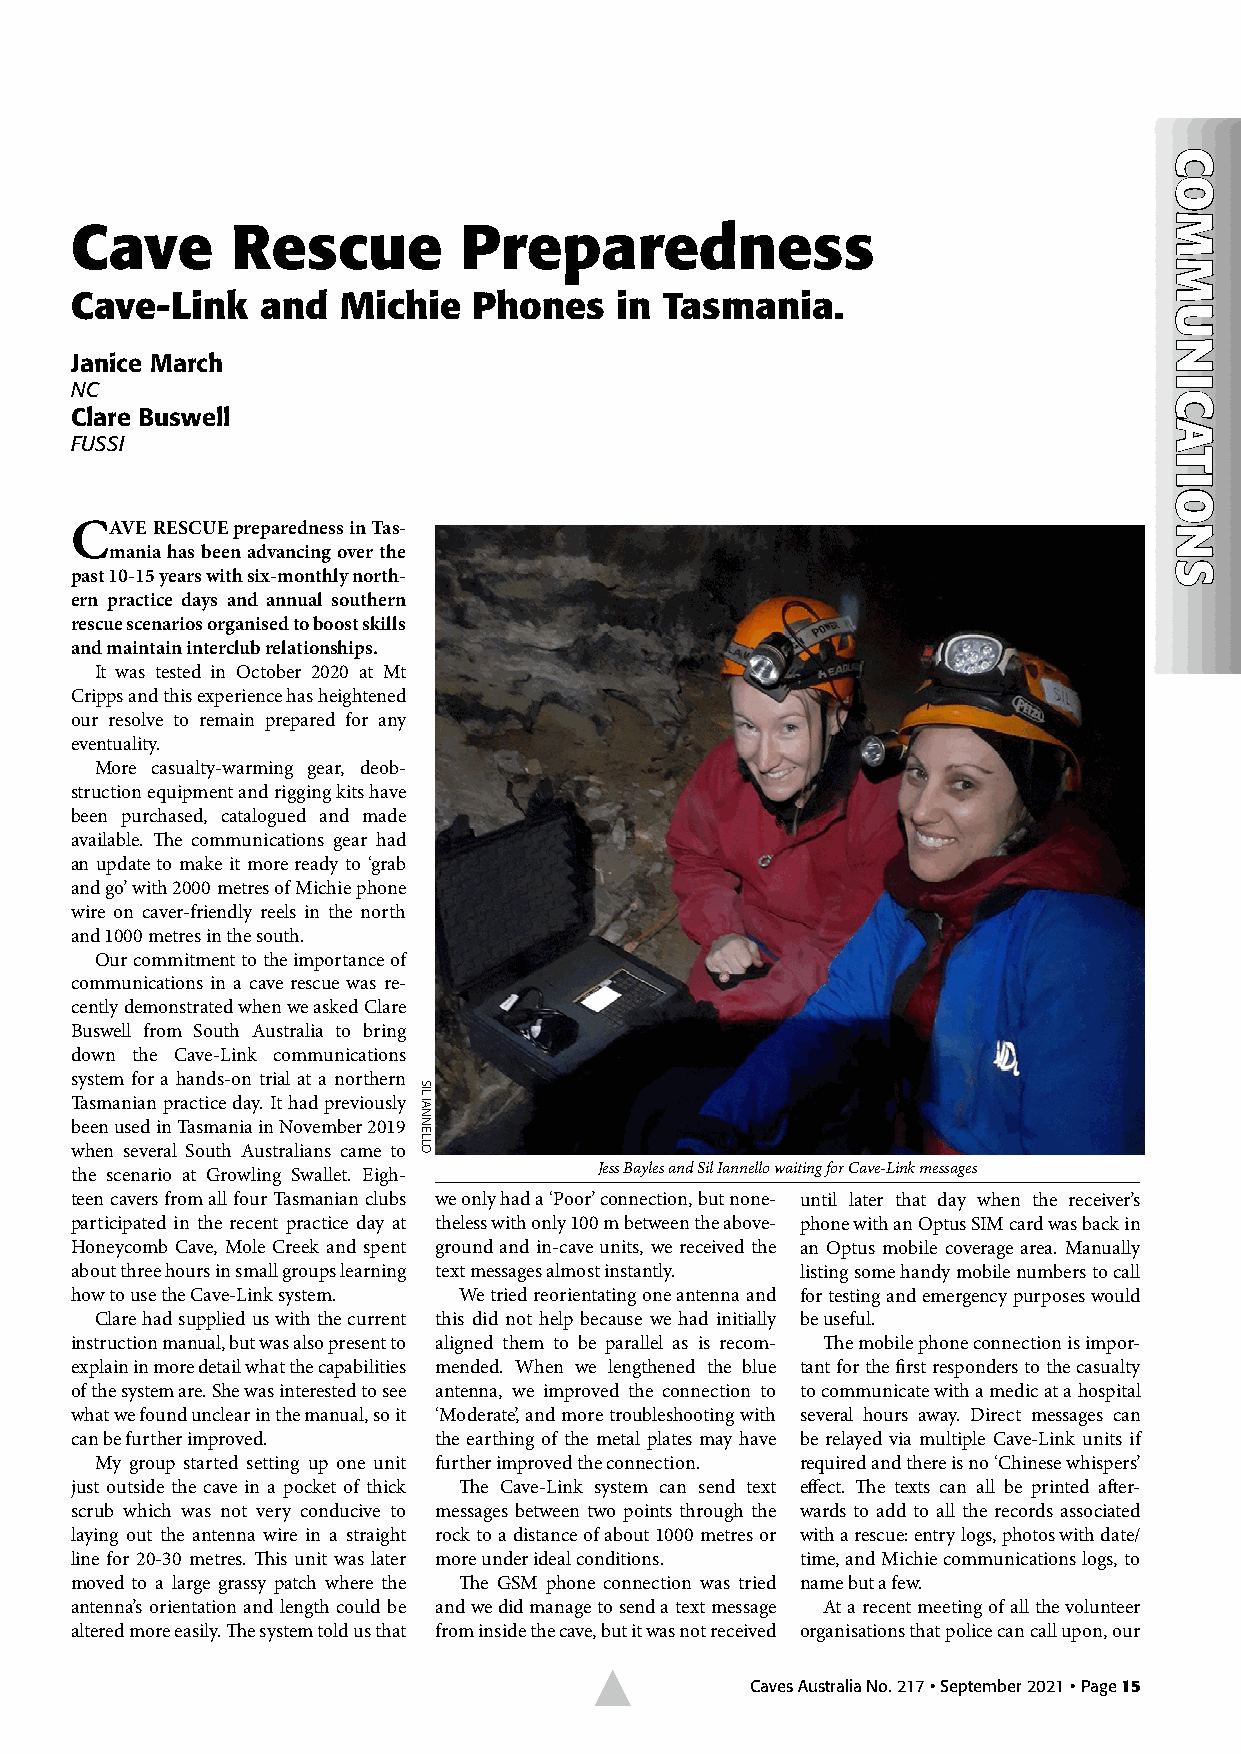
Cave      Rescue         Preparedness
 Cave-Link   and  Michie   Phones    in Tasmania.
 Janice March
 NC
 Clare Buswell
 FUSSI
 CAVE RESCUE preparedness in Tas-
 mania has been advancing over the
 past 10-15 years with six-monthly north-
 ern practice days and annual southern
 rescue scenarios organised to boost skills
 and maintain interclub relationships.
 It was tested in October 2020 at Mt
 Cripps and this experience has heightened
 our resolve to remain prepared for any
 eventuality.
 More casualty-warming gear, deob-
 struction equipment and rigging kits have
 been purchased, catalogued and made
 available. The communications gear had
 an update to make it more ready to ‘grab
 and go’ with 2000 metres of Michie phone
 wire on caver-friendly reels in the north
 and 1000 metres in the south.
 Our commitment to the importance of
 communications in a cave rescue was re-
 cently demonstrated when we asked Clare
 Buswell from South Australia to bring
 down the Cave-Link communications
 system for a hands-on trial at a northern
 Tasmanian practice day. It had previously
 been used in Tasmania in November 2019
 when several South Australians came to
 the scenario at Growling Swallet. Eigh- Jess Bayles and Sil Iannello waiting for Cave-Link messages
 teen cavers from all four Tasmanian clubs we only had a ‘Poor’ connection, but none- until later that day when the receiver’s
 participated in the recent practice day at theless with only 100 m between the above- phone with an Optus SIM card was back in
 Honeycomb Cave, Mole Creek and spent ground and in-cave units, we received the an Optus mobile coverage area. Manually
 about three hours in small groups learning text messages almost instantly. listing some handy mobile numbers to call
 how to use the Cave-Link system. We tried reorientating one antenna and for testing and emergency purposes would
 Clare had supplied us with the current this did not help because we had initially be useful.
 instruction manual, but was also present to aligned them to be parallel as is recom- The mobile phone connection is impor-
 explain in more detail what the capabilities mended. When we lengthened the blue tant for the first responders to the casualty
 of the system are. She was interested to see antenna, we improved the connection to to communicate with a medic at a hospital
 what we found unclear in the manual, so it ‘Moderate’, and more troubleshooting with several hours away. Direct messages can
 can be further improved. the earthing of the metal plates may have be relayed via multiple Cave-Link units if
 My group started setting up one unit further improved the connection. required and there is no ‘Chinese whispers’
 just outside the cave in a pocket of thick The Cave-Link system can send text effect. The texts can all be printed after-
 scrub which was not very conducive to messages between two points through the wards to add to all the records associated
 laying out the antenna wire in a straight rock to a distance of about 1000 metres or with a rescue: entry logs, photos with date/
 line for 20-30 metres. This unit was later more under ideal conditions. time, and Michie communications logs, to
 moved to a large grassy patch where the The GSM phone connection was tried name but a few.
 antenna’s orientation and length could be and we did manage to send a text message At a recent meeting of all the volunteer
 altered more easily. The system told us that from inside the cave, but it was not received organisations that police can call upon, our
 
 Caves Australia No. 217 • September 2021 • Page 15
 SIL
 IANNELLO
 CCOOMMMMUUNNIICCAATTIIOONNSS